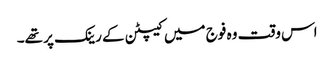
اس وقت وہ فوج میں کیپٹن کے رینک پر تھے۔